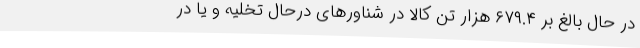
در حال بالغ بر ۶۷۹.۴ هزار تن کالا در شناورهای درحال تخلیه و یا در